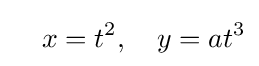
\quad x=t^{2},\quad y=at^{3}